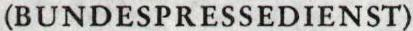
(BUNDESPRESSEDIENST)